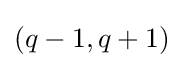
(q-1,q+1)